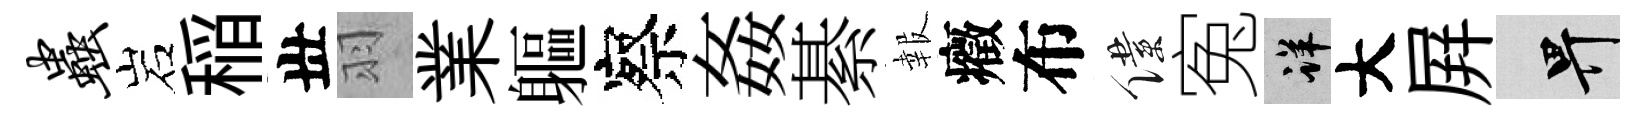
虫岩稲丗羽業軀察姦綦報癥布僕寃详大屛畀